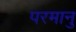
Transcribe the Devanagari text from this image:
परमानु